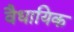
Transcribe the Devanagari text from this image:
वैधायिक